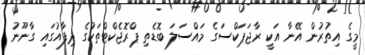
މީގެ އިތުރުން އޭނާ އަކީ ރާޖަޕަކްސަގެ މައްސަލަ ބޮޑެތި ޕްރޮޖެކްޓްތަކުގެ ދިފާއުގައި ގާނޫނު